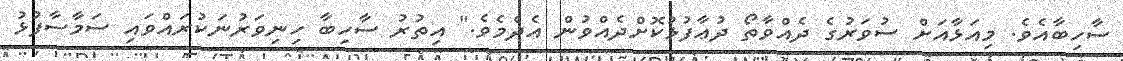
ސާހިބާއެވެ. މިއަޅާއަށް ސުވަރުގެ ދެއްވާތޯ ދުޢާފުޅުކޮށްދެއްވުން އެދެމެވެ." އިތުރު ސާހިބާ ހިނިވަރުނަކުރައްވައި ސަމާސާފުޅު